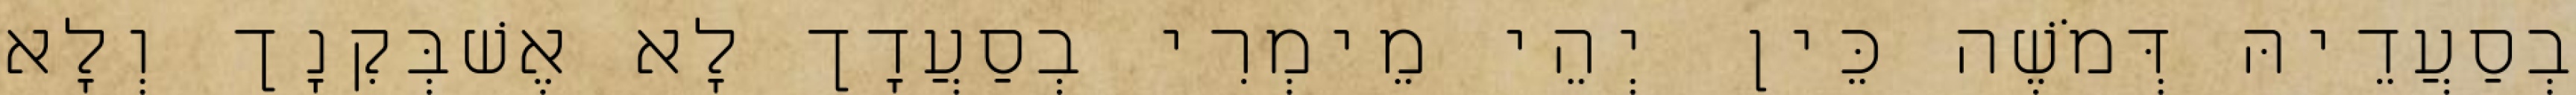
בְסַעֲדֵיהּ דְּמֹשֶׁה כֵּין יְהֵי מֵימְרִי בְסַעֲדָך לָא אֶשׁבְּקִנָך וְלָא